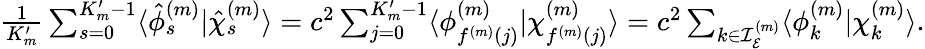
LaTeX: \begin{array}{r}{\frac{1}{K_{m}^{\prime}}\sum_{s=0}^{K_{m}^{\prime}-1}\langle{\hat{\phi}_{s}^{(m)}}|{\hat{\chi}_{s}^{(m)}}\rangle=c^{2}\sum_{j=0}^{K_{m}^{\prime}-1}\langle\phi_{f^{(m)}(j)}^{(m)}|\chi_{f^{(m)}(j)}^{(m)}\rangle=c^{2}\sum_{k\in\mathcal{I}_{\mathcal{E}}^{(m)}}\langle{{\phi}_{k}^{(m)}}|{{\chi}_{k}^{(m)}}\rangle.}\end{array}